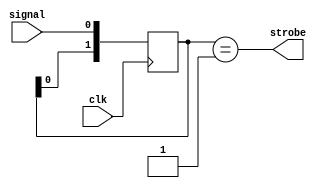
`timescale 1ns / 1ps
//////////////////////////////////////////////////////////////////////////////////
// Company: 
// 
// Design Name: 
// Module Name:    one_shot 
// Project Name: 
// Target Devices: 
// Tool versions: 
// Description: 
//
// Dependencies: 
//
// Revision: 
// Revision 0.01 - File Created
// Additional Comments: 
//
//////////////////////////////////////////////////////////////////////////////////
module one_shot(
    input clk,
    input signal,
    output strobe
    );
  localparam DELAY = 1;
  reg [DELAY:0] buffer = {DELAY+1{1'b1}};
  assign strobe = buffer == {1'b0, {DELAY{1'b1}}};
  
  always @(posedge clk)
    buffer <= {buffer[DELAY-1:0], signal};
endmodule